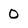
Character: 0